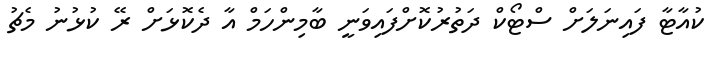
ކުއާޓާ ފައިނަލަށް ސްޓޯކް ދަތުރުކޮށްފައިވަނީ ބާމިންހަމް އާ ދެކޮޅަށް ރޭ ކުޅުނު މެޗު